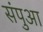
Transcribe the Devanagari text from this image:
संपुआ